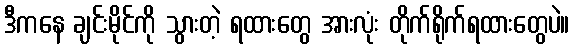
ဒီကနေ ချင်းမိုင်ကို သွားတဲ့ ရထားတွေ အားလုံး တိုက်ရိုက်ရထားတွေပဲ။